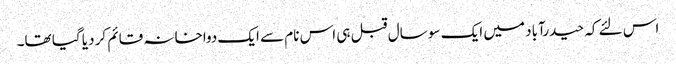
اس لئے کہ حیدرآباد میں ایک سو سال قبل ہی اس نام سے ایک دواخانہ قائم کر دیا گیا تھا۔